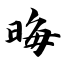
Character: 晦